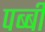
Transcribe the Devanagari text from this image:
पब्बी